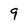
Character: 9